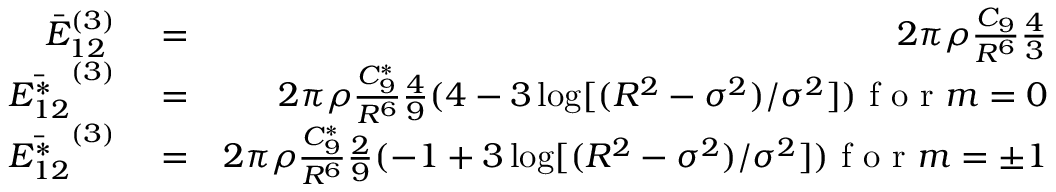
\begin{array} { r l r } { \bar { E } _ { 1 2 } ^ { ( 3 ) } } & { { } = } & { 2 \pi \rho \frac { C _ { 9 } } { R ^ { 6 } } \frac { 4 } { 3 } } \\ { \bar { E _ { 1 2 } ^ { * } } ^ { ( 3 ) } } & { { } = } & { 2 \pi \rho \frac { C _ { 9 } ^ { * } } { R ^ { 6 } } \frac { 4 } { 9 } ( 4 - 3 \log [ ( R ^ { 2 } - \sigma ^ { 2 } ) / \sigma ^ { 2 } ] ) \mathrm { ~ f ~ o ~ r ~ } m = 0 } \\ { \bar { E _ { 1 2 } ^ { * } } ^ { ( 3 ) } } & { { } = } & { 2 \pi \rho \frac { C _ { 9 } ^ { * } } { R ^ { 6 } } \frac { 2 } { 9 } ( - 1 + 3 \log [ ( R ^ { 2 } - \sigma ^ { 2 } ) / \sigma ^ { 2 } ] ) \mathrm { ~ f ~ o ~ r ~ } m = \pm 1 } \end{array}